Annual report on the mental hospital in the Central Provinces and Berar (Nagpur) - 1927-1951
Year: 1927
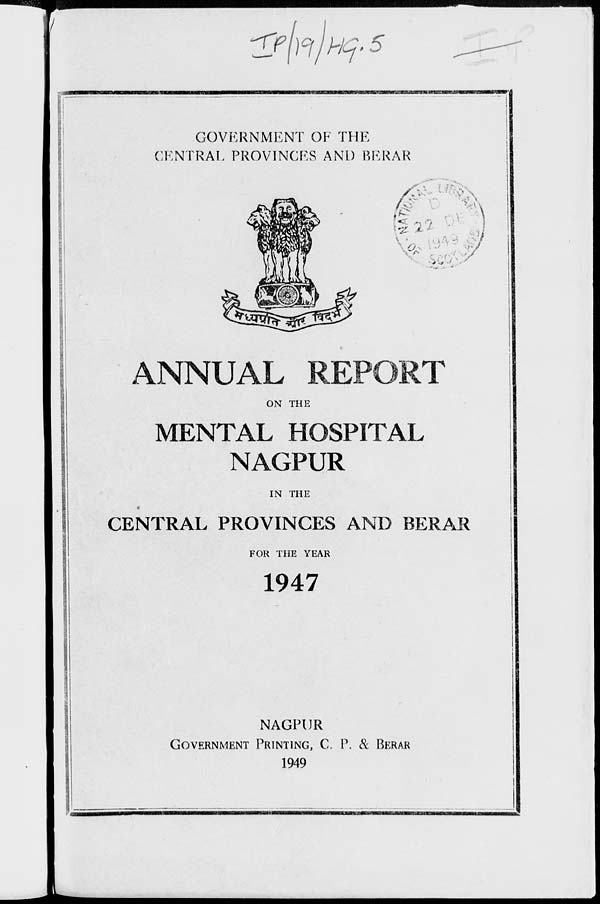
*3?\)°l)wj> 5
GOVERNMENT OF THE
CENTRAL PROVINCES AND BERAR
. u ;
1 .
v: *
V •
■ ■
i
■*
ANNUAL REPORT
ON THE
MENTAL HOSPITAL
NAGPUR
IN THE
CENTRAL PROVINCES AND BERAR
FOR THE YEAR
1947
NAGPUR
GOVERNMENT PRINTING, C. P. & BERAR
1949
rMnwnu